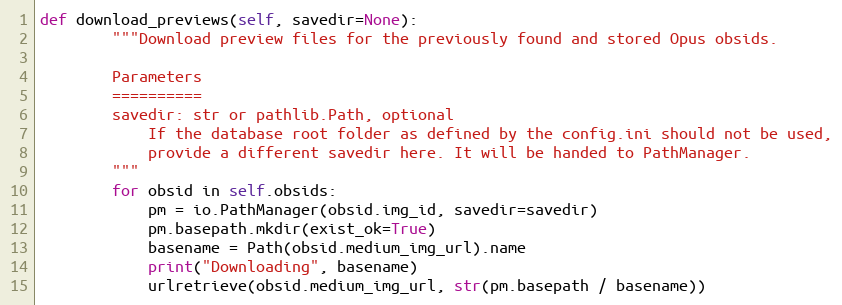
Language: Python
def download_previews(self, savedir=None):
        """Download preview files for the previously found and stored Opus obsids.

        Parameters
        ==========
        savedir: str or pathlib.Path, optional
            If the database root folder as defined by the config.ini should not be used,
            provide a different savedir here. It will be handed to PathManager.
        """
        for obsid in self.obsids:
            pm = io.PathManager(obsid.img_id, savedir=savedir)
            pm.basepath.mkdir(exist_ok=True)
            basename = Path(obsid.medium_img_url).name
            print("Downloading", basename)
            urlretrieve(obsid.medium_img_url, str(pm.basepath / basename))